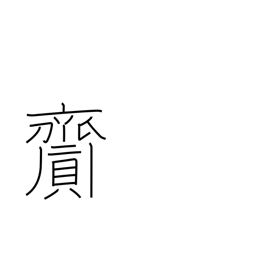
Meaning: bring about